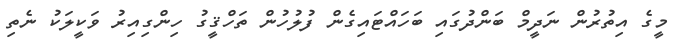
މީގެ އިތުރުން ނަދީމް ބަންދުގައި ބަހައްޓައިގެން ފުލުހުން ތަހްޤީގު ހިންގިއިރު ވަކީލަކު ނެތި